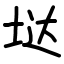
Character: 垯